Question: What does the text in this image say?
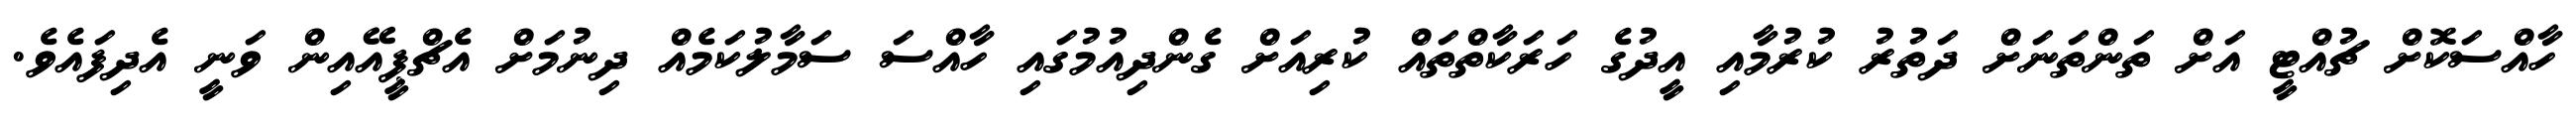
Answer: ހާއްސަކޮށް ޗުއްޓީ އަށް ތަންތަނަށް ދަތުރު ކުރުމާއި އީދުގެ ހަރަކާތްތައް ކުރިއަށް ގެންދިއުމުގައި ހާއްސަ ސަމާލުކަމެއް ދިނުމަށް އެޗްޕީއޭއިން ވަނީ އެދިފައެވެ.